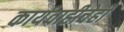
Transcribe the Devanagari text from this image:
कार्यवाहीचेही